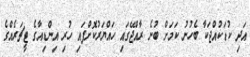
އަދި ކުޑަކުއްޖަކާ ބެހުނު ކަމަށް ބުނެ ރާއްޖޭގައި ހައްޔަރުކޮށްފައި ހުރި އިންޑިއާގެ ޓީޗަރެއްގެ